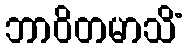
ဘာဝိတမာသိံ